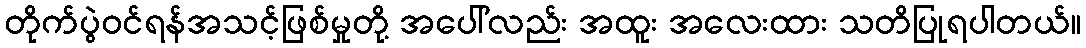
တိုက်ပွဲဝင်ရန်အသင့်ဖြစ်မှုတို့ အပေါ်လည်း အထူး အလေးထား သတိပြုရပါတယ်။